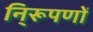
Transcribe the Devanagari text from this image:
नि्रूपणों